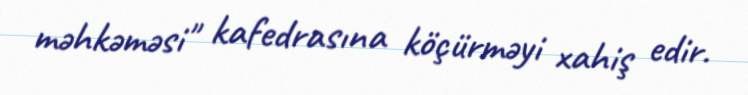
məhkəməsi" kafedrasına köçürməyi xahiş edir.